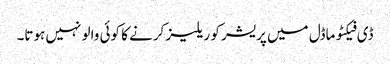
ڈی فیکٹو ماڈل میں پریشر کو ریلیز کرنے کا کوئی والو نہیں ہوتا۔